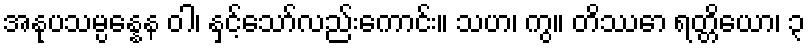
အနုပသမ္ပန္နေန ဝါ၊ နှင့်သော်လည်းကောင်း။ သဟ၊ ကွ။ တိဿော ရတ္တိယော၊ ၃